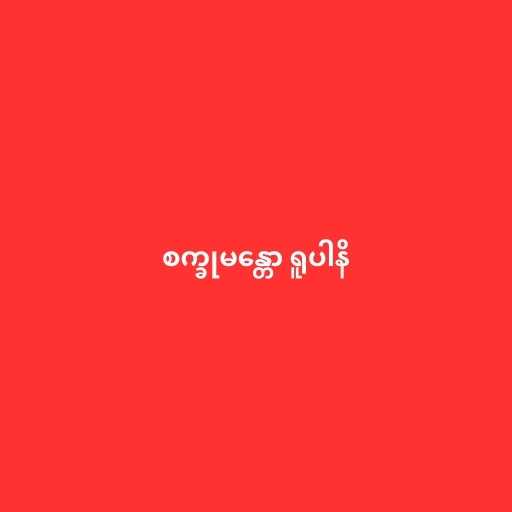
စက္ခုမန္တော ရူပါနိ